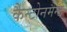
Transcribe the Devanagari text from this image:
कैन्टोनमैन्ट